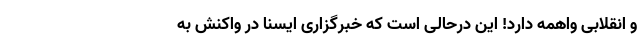
و انقلابی واهمه دارد! این درحالی است که خبرگزاری ایسنا در واکنش به